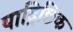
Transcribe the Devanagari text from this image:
याद्रिछिक